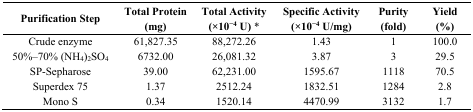
<table><thead><tr><td><b>Purification Step</b></td><td><b>Total Protein (mg)</b></td><td><b>Total Activity (×10<sup>−4</sup> U) *</b></td><td><b>Specific Activity (×10<sup>−4</sup> U/mg)</b></td><td><b>Purity (fold)</b></td><td><b>Yield (%)</b></td></tr></thead><tbody><tr><td>Crude enzyme</td><td>61,827.35</td><td>88,272.26</td><td>1.43</td><td>1</td><td>100.0</td></tr><tr><td>50%–70% (NH<sub>4</sub>)<sub>2</sub>SO<sub>4</sub></td><td>6732.00</td><td>26,081.32</td><td>3.87</td><td>3</td><td>29.5</td></tr><tr><td>SP-Sepharose</td><td>39.00</td><td>62,231.00</td><td>1595.67</td><td>1118</td><td>70.5</td></tr><tr><td>Superdex 75</td><td>1.37</td><td>2512.24</td><td>1832.51</td><td>1284</td><td>2.8</td></tr><tr><td>Mono S</td><td>0.34</td><td>1520.14</td><td>4470.99</td><td>3132</td><td>1.7</td></tr></tbody></table>